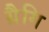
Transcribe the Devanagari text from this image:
ग्रैगि